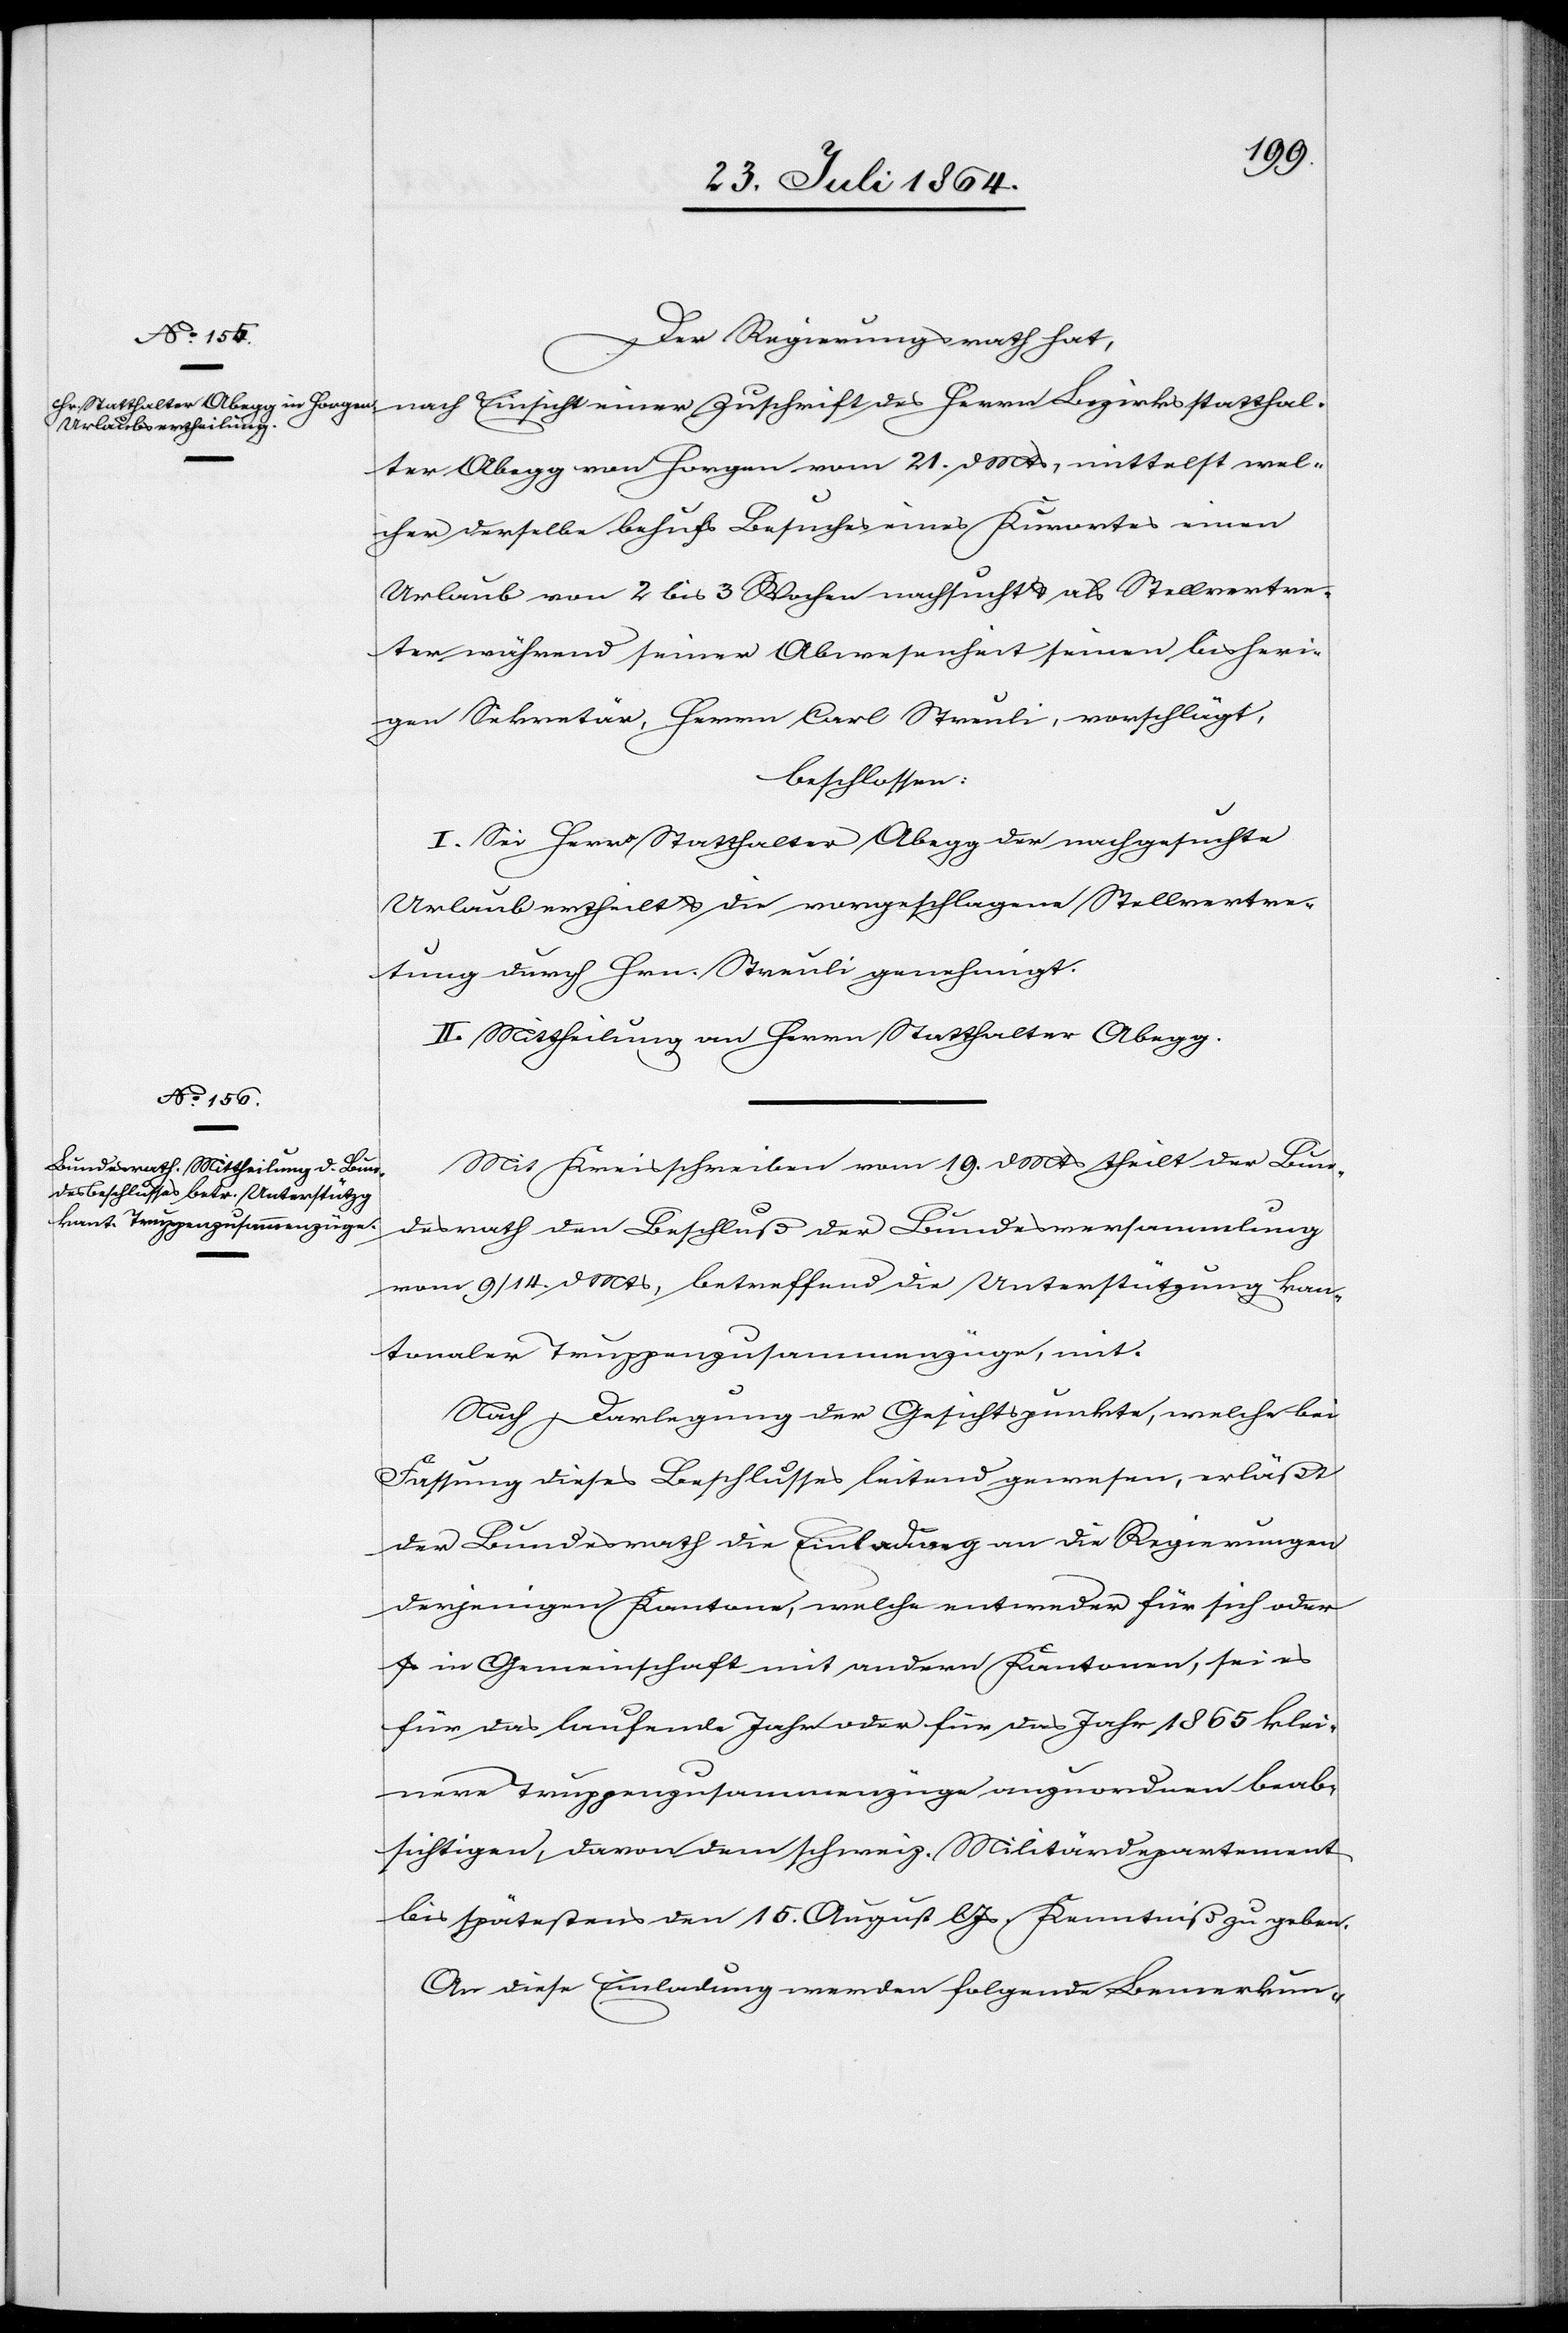
Der Regierungsrath hat,
nach Einsicht einer Zuschrift des Herrn Bezirksstatthal¬
ter Abegg von Horgen vom 21. d. Mts., mittelst wel¬
cher derselbe behufs Besuches eines Kurortes einen
Urlaub von 2 bis 3 Wochen nachsucht als Stellvertre¬
ter während seiner Abwesenheit seinen bisheri¬
gen Sekretär, Herrn Carl Strauli, vorschlägt,
beschlossen:
I. Sei Herr Statthalter Abegg der nachgesuchte
Urlaub ertheilt & die vorgeschlagene Stellvertre¬
tung durch Hrn. Strauli genehmigt.
II. Mittheilung an Herrn Statthalter Abegg.
Mit Schreiben vom 19. d. Mts. theilt der Bun¬
desrath den Beschluß der Bundesversammlung
vom 9./14. d. Mts., betreffend die Unterstützung kan¬
tonaler Truppenzusammenzüge, mit.
Nach Darlegung der Gesichtspunkte, welche bei
Fassung dieses Beschlusses leitend gewesen, erläßt
der Bundesrath die Einladung an die Regierungen
derjenigen Kantone, welche entweder für sich oder
in Gemeinschaft mit anderen Kantonen, sei es
für das laufende Jahr oder für das Jahr 1856 klei¬
nere Truppenzusammenzüge anzuordnen beab¬
sichtigen, davon dem schweiz. Militärdepartement
bis spätestens den 15. August l. Js. Kenntniß zu geben.
An diese Einladung werden folgende Bemerkun-